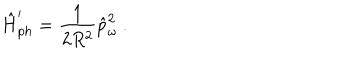
\hat { H } _ { p h } ^ { \prime } = \frac { 1 } { 2 R ^ { 2 } } \hat { p } _ { \omega } ^ { 2 } \ .